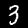
Label: 3